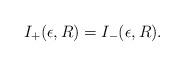
LaTeX: \begin{align*}I_+(\epsilon,R)=I_-(\epsilon,R). \end{align*}